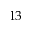
1 3